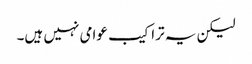
لیکن یہ تراکیب عوامی نہیں ہیں۔